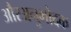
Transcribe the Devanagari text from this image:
औरअनुमोदक